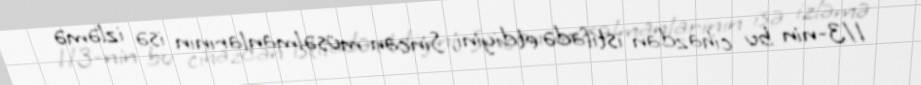
1/3-nin bu cihazdan istifadə etdiyini, Sincan müsəlmanlarının isə izləmə